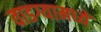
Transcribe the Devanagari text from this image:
वाडग्यामध्ये